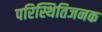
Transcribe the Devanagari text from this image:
परिस्थितिजनक